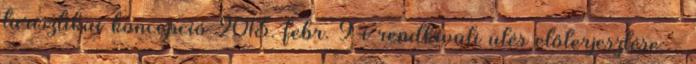
turisztikai koncepció 2013. febr. 9-i rendkívüli ülés előterjesztése: -